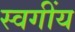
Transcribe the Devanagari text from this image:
स्वगींय